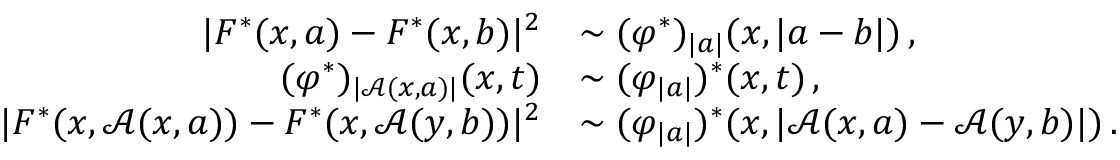
\begin{array} { r l } { \smash { \vert F ^ { * } ( x , a ) - F ^ { * } ( x , b ) \vert ^ { 2 } } } & { \sim \smash { \smash { ( \varphi ^ { * } ) } _ { \smash { \vert a \vert } } ( x , \vert a - b \vert ) } \, , } \\ { \smash { \smash { ( \varphi ^ { * } ) } _ { \smash { \vert \boldsymbol { \mathcal { A } } ( x , a ) \vert } } ( x , t ) } } & { \sim \smash { \smash { ( \varphi } _ { \smash { \vert a \vert } } ) ^ { * } ( x , t ) } \, , } \\ { \smash { \vert F ^ { * } ( x , \boldsymbol { \mathcal { A } } ( x , a ) ) - F ^ { * } ( x , \boldsymbol { \mathcal { A } } ( y , b ) ) \vert ^ { 2 } } } & { \sim \smash { \smash { ( \varphi } _ { \smash { \vert a \vert } } ) ^ { * } ( x , \vert \boldsymbol { \mathcal { A } } ( x , a ) - \boldsymbol { \mathcal { A } } ( y , b ) \vert ) } \, . } \end{array}